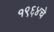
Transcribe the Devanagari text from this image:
१९६४चे